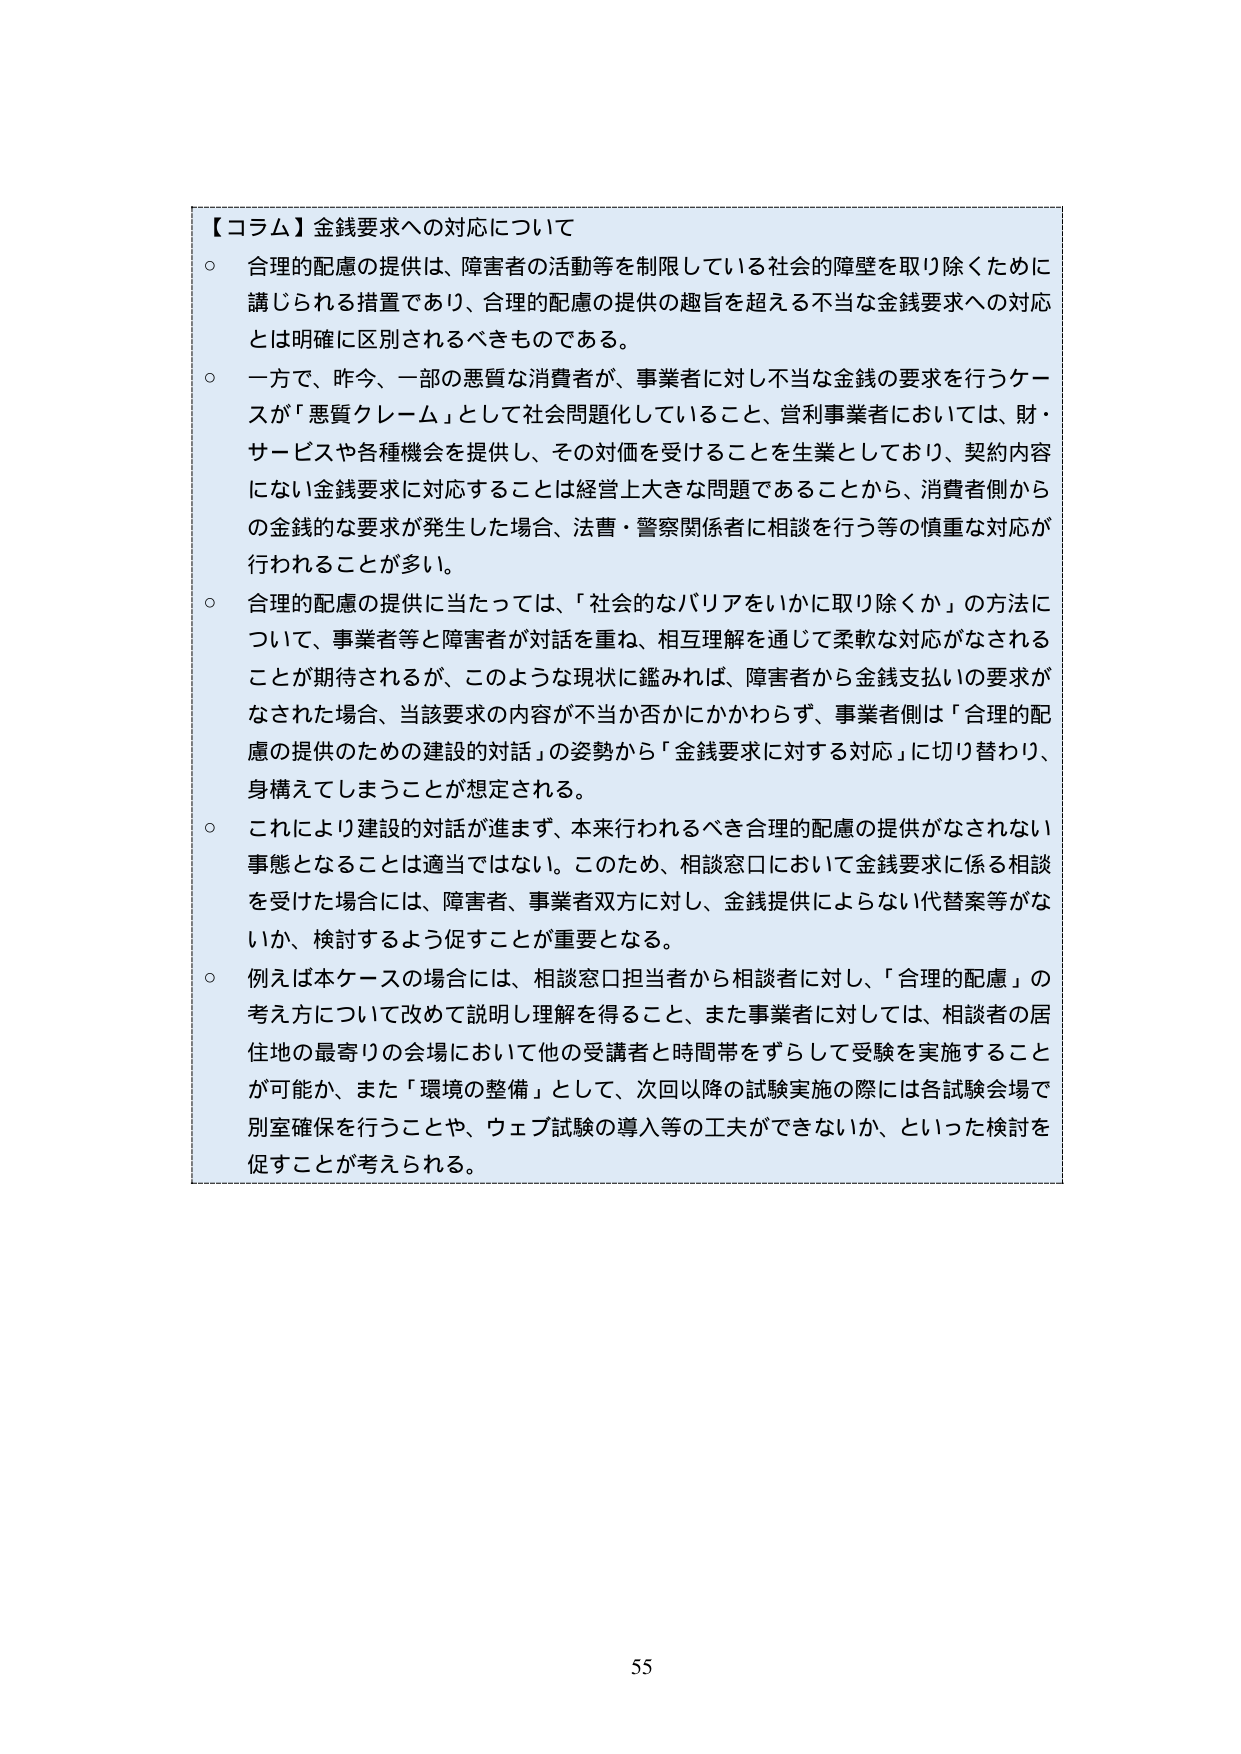
【コラム】金銭要求への対応について
○ 合理的配慮の提供は、障害者の活動等を制限している社会的障壁を取り除くために講じられる措置であり、合理的配慮の提供の趣旨を超える不当な金銭要求への対応とは明確に区別されるべきものである。
○ 一方で、昨今、一部の悪質な消費者が、事業者に対し不当な金銭の要求を行うケースが「悪質クレーム」として社会問題化していること、営利事業者においては、財・サービスや各種機会を提供し、その対価を受けることを生業としており、契約内容にない金銭要求に対応することは経営上大きな問題であることから、消費者側からの金銭的な要求が発生した場合、法曹・警察関係者に相談を行う等の慎重な対応が行われることが多い。
○ 合理的配慮の提供に当たっては、「社会的なバリアをいかに取り除くか」の方法について、事業者等と障害者が対話を重ね、相互理解を通じて柔軟な対応がなされることが期待されるが、このような現状に鑑みれば、障害者から金銭支払いの要求がなされた場合、当該要求の内容が不当か否かにかかわらず、事業者側は「合理的配慮の提供のための建設的対話」の姿勢から「金銭要求に対する対応」に切り替わり、身構えてしまうことが想定される。
○ これにより建設的対話が進まず、本来行われるべき合理的配慮の提供がなされない事態となることは適当ではない。このため、相談窓口において金銭要求に係る相談を受けた場合には、障害者、事業者双方に対し、金銭提供によらない代替案等がないか、検討するよう促すことが重要となる。
○ 例えば本ケースの場合には、相談窓口担当者から相談者に対し、「合理的配慮」の考え方について改めて説明し理解を得ること、また事業者に対しては、相談者の居住地の最寄りの会場において他の受講者と時間帯をずらして受験を実施することが可能か、また「環境の整備」として、次回以降の試験実施の際には各試験会場で別室確保を行うことや、ウェブ試験の導入等の工夫ができないか、といった検討を促すことが考えられる。

55